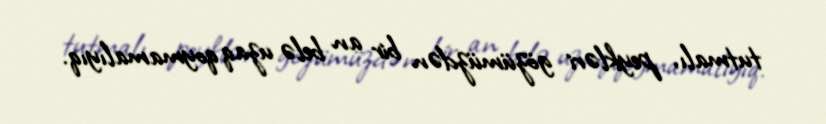
tutmalı, peykləri gözümüzdən bir an belə uzaq qoymamalıyıq.